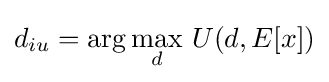
d_{iu}={\arg \max _{d}}~U(d,E[x])